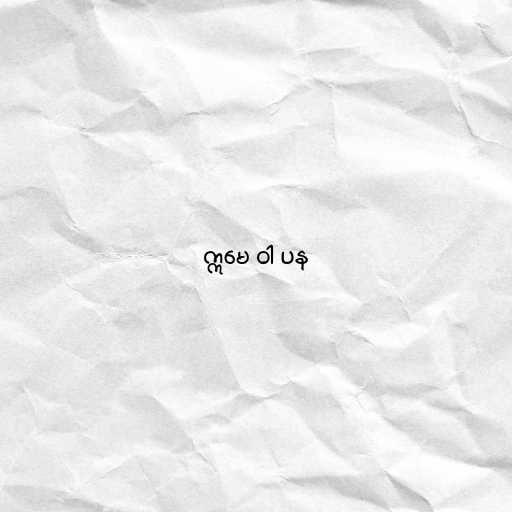
ဣမေ ဝါ ပန